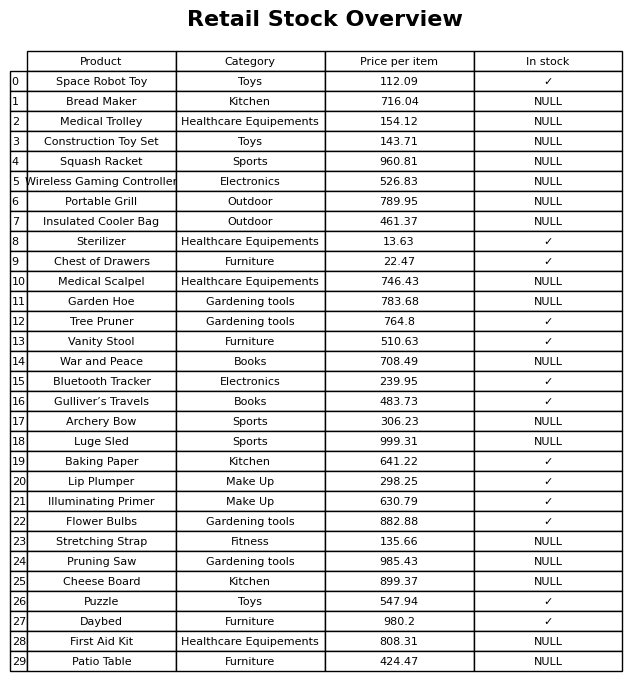
question: What is the price of the Garden Hoe?
answer: The price of Garden Hoe is 783.68.